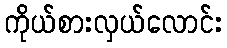
ကိုယ်စားလှယ်လောင်း